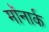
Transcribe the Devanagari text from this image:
मॉनार्क